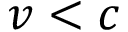
v < c